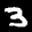
Label: 3